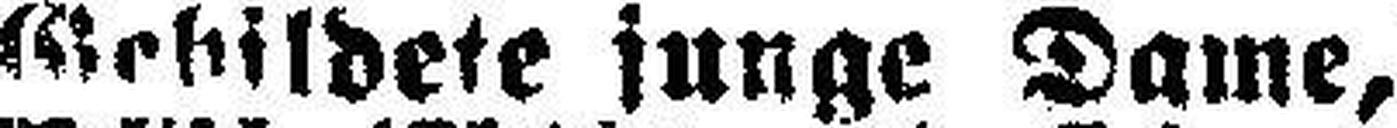
Gehildete junge Dame,